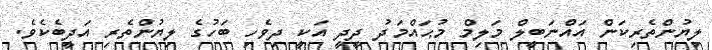
ލިޔުންތެރިކަން އައްނަބީލް މަލިމް މުޙައްމަދު ދީދީ އަކީ ދިވެހި ބަހުގެ ލިޔުންތެރި އަދީބެކެވެ.